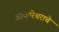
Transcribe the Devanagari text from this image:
ओंकारेश्वराचे